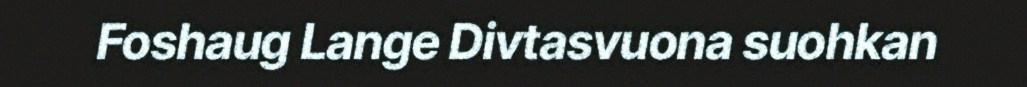
Foshaug Lange Divtasvuona suohkan